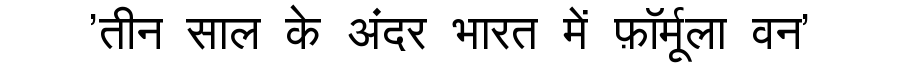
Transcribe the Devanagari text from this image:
'तीन साल के अंदर भारत में फ़ॉर्मूला वन'